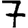
Digit: 7